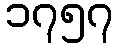
၁၇၅၇